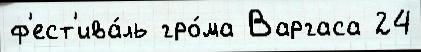
ф'ест'ива́ль гро́ма Варгаса 24